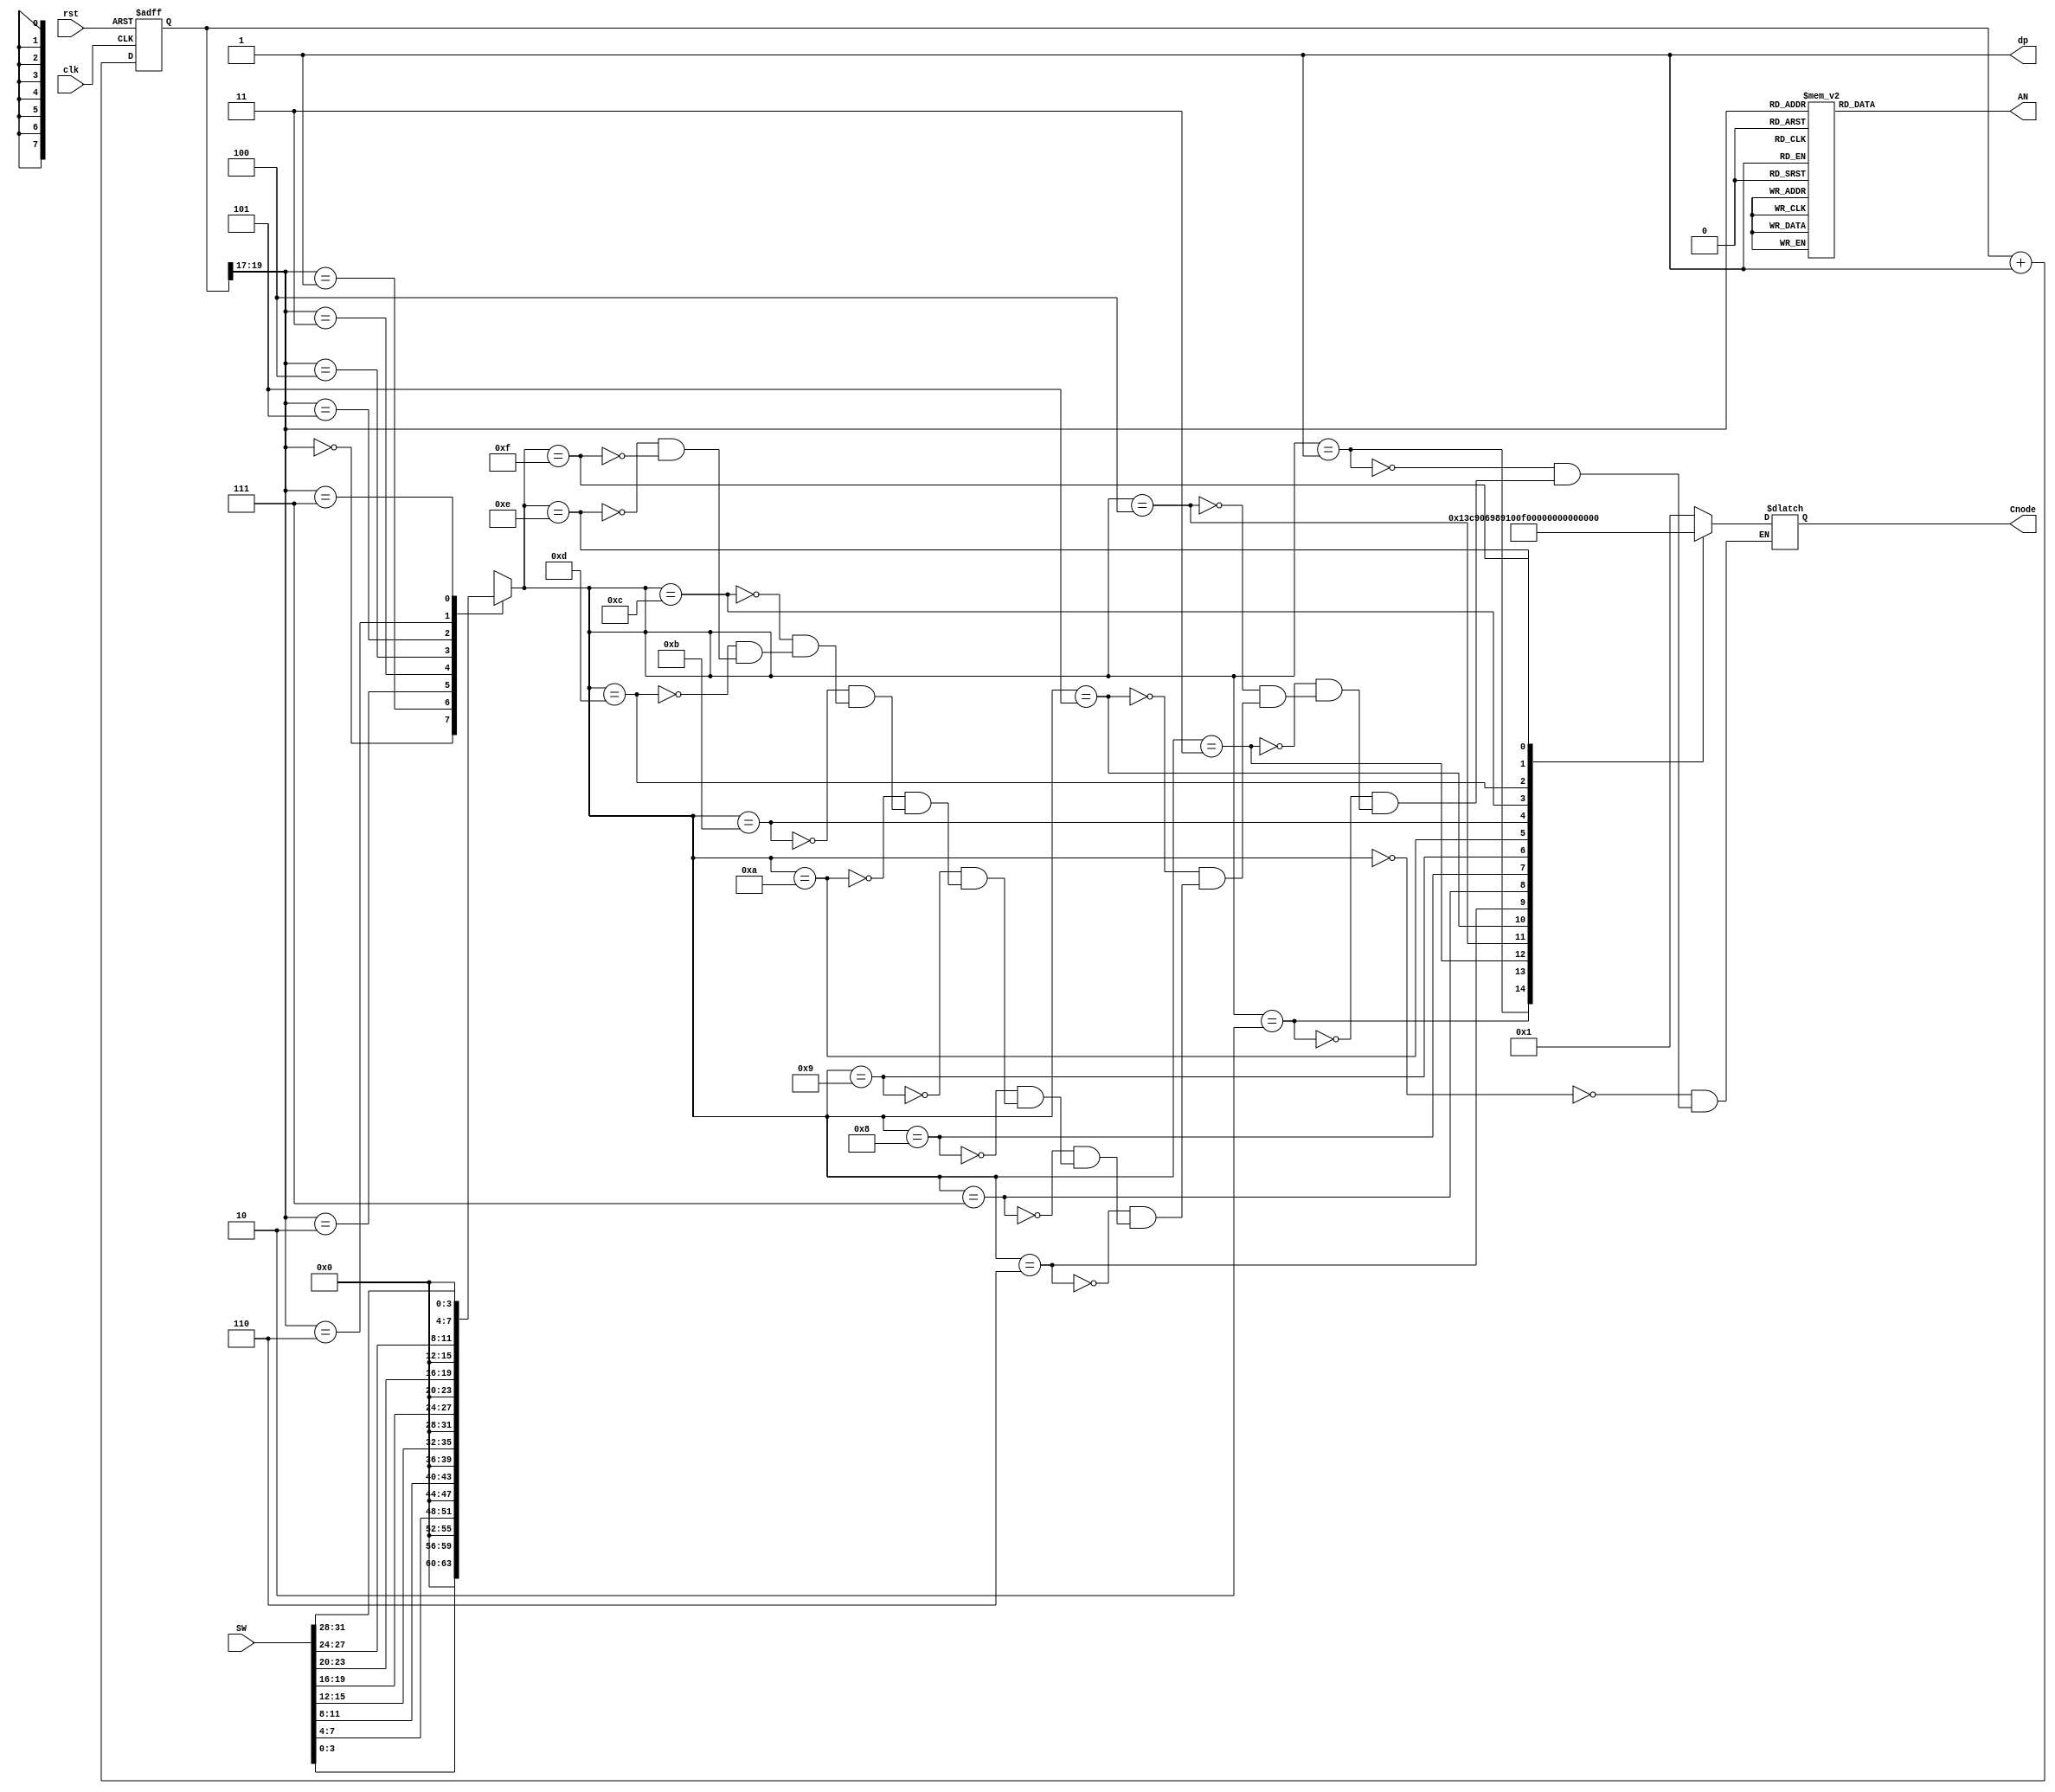
`timescale 1ns / 1ps
//////////////////////////////////////////////////////////////////////////////////
// Company: 
// Engineer: 
// 
// Design Name: 
// Module Name: seg7_driver
// Project Name: 
// Target Devices: 
// Tool Versions: 
// Description: 
// 
// Dependencies: 
// 
// Revision:
// Revision 0.01 - File Created
// Additional Comments:
// 
//////////////////////////////////////////////////////////////////////////////////


module seg7_driver(
             input clk,
             input rst,
             input [31:0] SW,
             output reg [6:0]  Cnode, 
             output dp, 
             output  [7:0] AN
             );
             
          
                    
           reg [19:0] tmp; 
                
           reg [7:0] digit;
                    
           assign dp = 1'b1; 
                
               always@(digit)
                    begin      
                        case(digit)
                        4'd0:  Cnode <= 7'b0000001;
                        4'd1:  Cnode <= 7'b1001111;
                        4'd2:  Cnode <= 7'b0010010;
                        4'd3:  Cnode <= 7'b0000110;              
                        4'd4:  Cnode <= 7'b1001100;
                        4'd5:  Cnode <= 7'b0100100;
                        4'd6:  Cnode <= 7'b0100000;
                        4'd7:  Cnode <= 7'b0001111;
                        4'd8:  Cnode <= 7'b0000000;
                        4'd9:  Cnode <= 7'b0001100;
                        4'd10: Cnode <= 7'b1011000;//positive 
                        4'd11: Cnode <= 7'b0010100;//negative
                        4'd12: Cnode <= 7'b0110001;
                        4'd13: Cnode <= 7'b1000010;
                        4'd14: Cnode <= 7'b0110000;
                        4'd15: Cnode <= 7'b0111000;                       
                        endcase
                   end  
            //f/2**n
                  
                  always@(posedge clk or posedge rst)
                    begin 
                        if(rst)
                            begin 
                                tmp <= 20'd0;
                            end 
                        else 
                            begin 
                                tmp <= tmp + 1; 
                            end 
                    end 
                    
                    wire[2:0] s;
                    
                    assign s = tmp[19:17];//HOW DID HE CHOOSE 18 AND 19
                  
                  
                  always@(s, SW)
                    begin 
                        case (s)
                            8'd0:  digit <= SW[3:0];//inputa
                            8'd1:  digit <= SW[7:4];//sign of inputa
                            8'd2:  digit <= SW[11:8];//inputb 
                            8'd3:  digit <= SW[15:12];//sign of input b
                            8'd4:  digit <= SW[19:16];//digit
                            8'd5:  digit <= SW[23:20];//digit
                            8'd6:  digit <= SW[27:24];//signoutput
                            8'd7:  digit <= SW[31:28];//op
                           
                        endcase
                    end
                   reg [7:0] AN_tmp;                                                             
                    always@(s)                                                                    
                      begin                                                                       
                          case (s)// s helps it keep going                                        
                              8'd0:  AN_tmp = 8'b11111110;                                        
                              8'd1:  AN_tmp = 8'b11111101;                                        
                              8'd2:  AN_tmp = 8'b11111011;                                        
                              8'd3:  AN_tmp = 8'b11110111;                                        
                              8'd4:  AN_tmp = 8'b11101111;                                        
                              8'd5:  AN_tmp = 8'b11011111;                                        
                              8'd6:  AN_tmp = 8'b10111111;//not efficient but gets the job done   
                              8'd7:  AN_tmp = 8'b01111111;                                        
                              default : AN_tmp = 8'bZZZZZZZZ;                                     
                          endcase                                                                 
                      end                                                                         
                                                                                                  
                      assign AN = AN_tmp;                                                         


   

endmodule